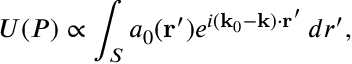
U ( P ) \propto \int _ { S } a _ { 0 } ( \mathbf { r } ^ { \prime } ) e ^ { i ( \mathbf { k } _ { 0 } - \mathbf { k } ) \cdot \mathbf { r } ^ { \prime } } \, d r ^ { \prime } ,